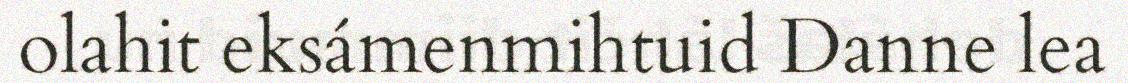
olahit eksámenmihtuid Danne lea